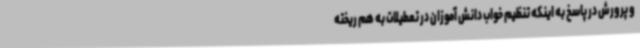
و پرورش در پاسخ به اینکه تنظیم خواب دانش آموزان در تعطیلات به هم ریخته